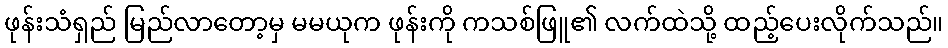
ဖုန်းသံရှည် မြည်လာတော့မှ မမယုက ဖုန်းကို ကသစ်ဖြူ၏ လက်ထဲသို့ ထည့်ပေးလိုက်သည်။